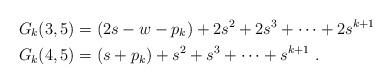
LaTeX: \begin{align*}G_k(3,5) &= (2s -w- p_k)+ 2s^2 + 2s^3 + \cdots + 2s^{k+1} \\G_k(4,5) &= (s+p_k) + s^2 + s^3 + \cdots + s^{k+1} \ .\end{align*}